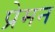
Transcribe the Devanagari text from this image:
प्रेमन